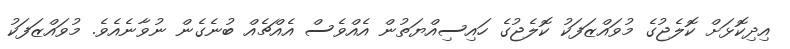
އިދިކޮޅަށް ކޮލެޖުގެ މުވައްޒަފަކު ކޮލެޖުގެ ހައިސިއްޔަތުން އެއްވެސް އެއްޗެއް ބުނެގެން ނުވާނެއެވެ. މުވައްޒަފަކު